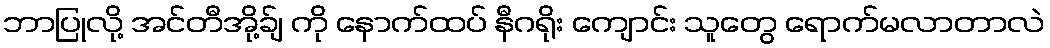
ဘာပြုလို့ အင်တီအို့ခ်ျ ကို နောက်ထပ် နီဂရိုး ကျောင်း သူတွေ ရောက်မလာတာလဲ